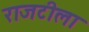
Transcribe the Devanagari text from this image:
राजटीला